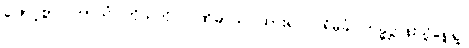
ဖြောင့်စွာ။ ကာယံ၊ ကိုယ်ကို။ ပဏိဓာယ၊ ထား၍။ ပရိမုခံ၊ ကမ္မဋ္ဌာန်းသို့ရှေ့ရှု။